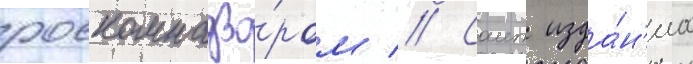
роскомнадзо́ром // Саит изда́н'иа